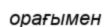
орағымен